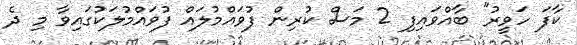
ކާފަ ހަވީރު" ބާއްވައިފި 2 މަސް ކުރިން ފުވައްމުލައް ފުވައްމުލަކުގައިވާ މި ދެ